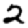
Digit: 2